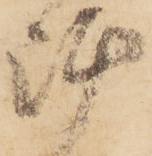
陣